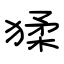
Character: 猱